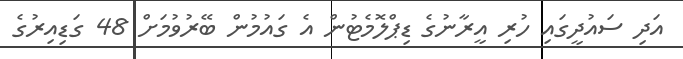
އަދި ސައުދީގައި ހުރި އީރާނުގެ ޑިޕްލޮމެޓުން އެ ގައުމުން ބޭރުވުމަށް 48 ގަޑިއިރުގެ